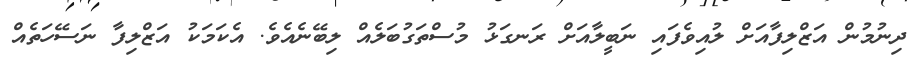
ދިނުމުން އަޒްލިފާއަށް ލުއިވެފައި ނަބީލާއަށް ރަނގަޅު މުސްތަގުބަލެއް ލިބޭނެއެވެ. އެކަމަކު އަޒްލިފާ ނަސޭހަތެއް